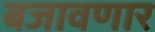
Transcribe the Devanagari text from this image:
बजावणार